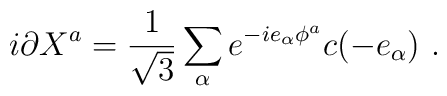
i \partial X ^a = {1 \over {\sqrt 3}} \sum_\alpha e^{-ie_\alpha \phi ^a} c(-e_\alpha)  ~.